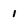
Character: 1